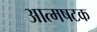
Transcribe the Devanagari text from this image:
आत्मषटक